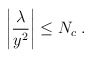
\begin{align*}\left| \frac{\lambda}{y^2}\right|\leq N_c \;.\end{align*}